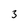
Character: 3